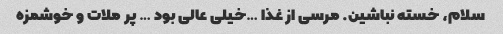
سلام، خسته نباشین. مرسی از غذا …خیلی عالی بود … پر ملات و خوشمزه